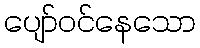
ပျော်ဝင်နေသော